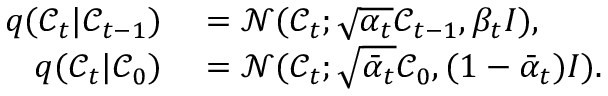
\begin{array} { r l } { q ( \mathcal { C } _ { t } \vert \mathcal { C } _ { t - 1 } ) } & { { } = \mathcal { N } ( \mathcal { C } _ { t } ; \sqrt { \alpha _ { t } } \mathcal { C } _ { t - 1 } , \beta _ { t } I ) , } \\ { q ( \mathcal { C } _ { t } \vert \mathcal { C } _ { 0 } ) } & { { } = \mathcal { N } ( \mathcal { C } _ { t } ; \sqrt { \bar { \alpha } _ { t } } \mathcal { C } _ { 0 } , ( 1 - \bar { \alpha } _ { t } ) I ) . } \end{array}